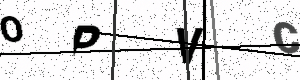
Text: OPVC